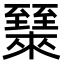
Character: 𬛶